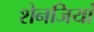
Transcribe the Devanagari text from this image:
शेनजियां